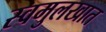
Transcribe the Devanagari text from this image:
स्वमुलखात